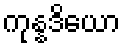
ကုန္နဒိယော